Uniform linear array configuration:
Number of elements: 24
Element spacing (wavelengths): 0.75
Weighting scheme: exponential
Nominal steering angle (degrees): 0
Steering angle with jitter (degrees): -0.4954
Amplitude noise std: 0.05
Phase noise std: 0.05

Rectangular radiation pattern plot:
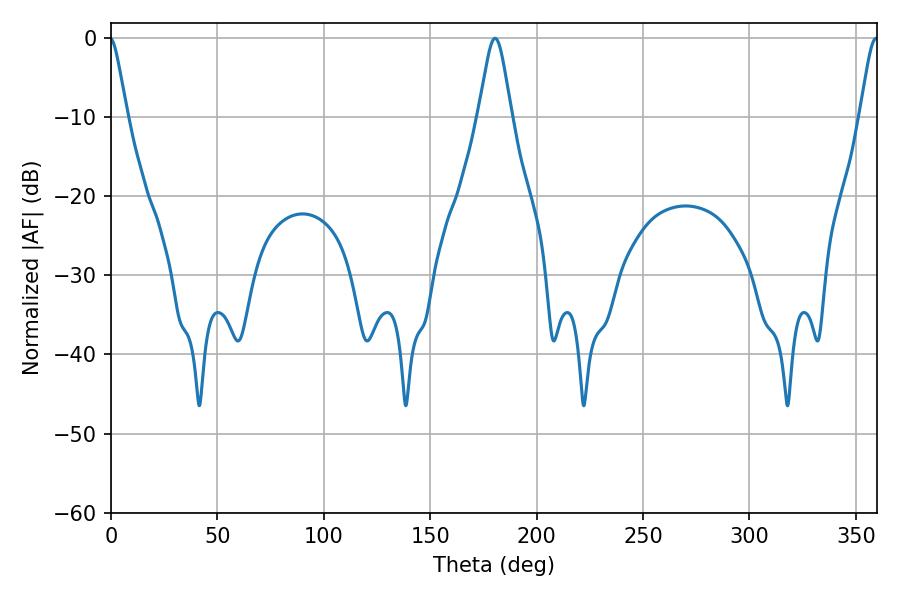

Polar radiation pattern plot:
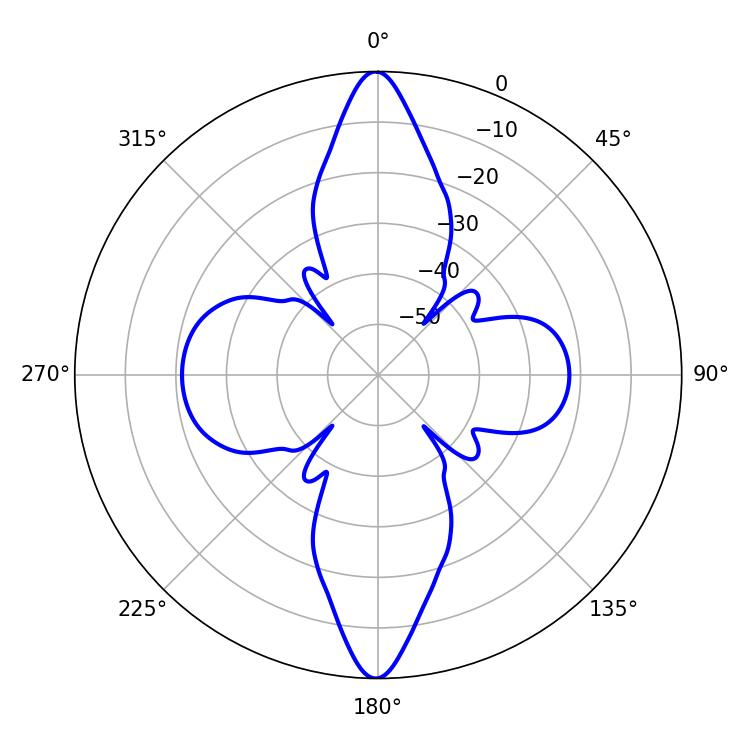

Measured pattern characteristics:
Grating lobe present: TRUE
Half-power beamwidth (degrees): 7.38
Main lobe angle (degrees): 180.54